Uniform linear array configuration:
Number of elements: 64
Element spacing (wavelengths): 0.75
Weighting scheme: kaiser
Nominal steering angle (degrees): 15
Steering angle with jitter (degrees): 16.333
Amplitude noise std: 0.05
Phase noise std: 0.05

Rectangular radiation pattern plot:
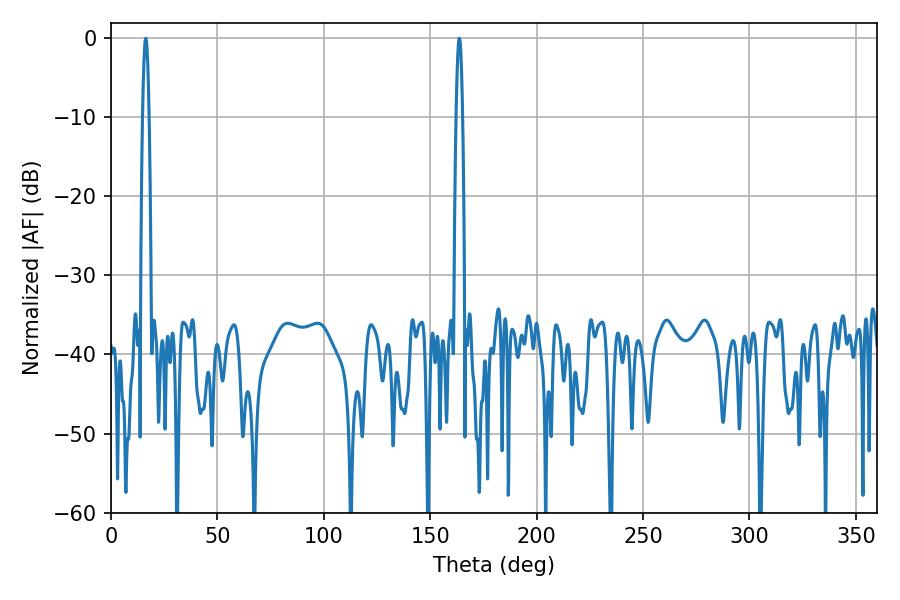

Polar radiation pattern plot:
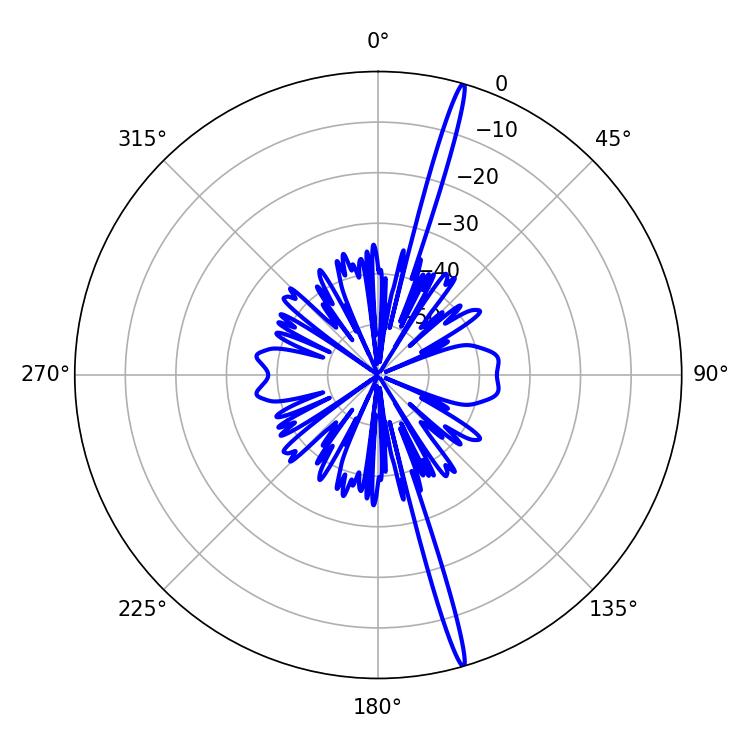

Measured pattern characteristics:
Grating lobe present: TRUE
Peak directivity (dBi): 20.404
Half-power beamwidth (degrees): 1.62
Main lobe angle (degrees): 16.38